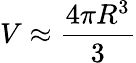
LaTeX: V\approx\frac{4\pi R^{3}}{3}